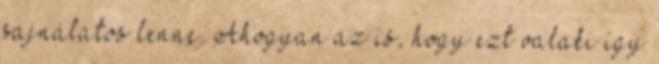
sajnálatos lenne. Ahogyan az is, hogy ezt valaki így